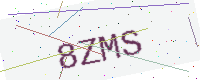
Text: 8ZMS